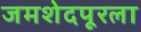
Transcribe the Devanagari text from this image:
जमशेदपूरला